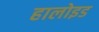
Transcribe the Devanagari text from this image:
हालोइड